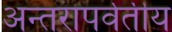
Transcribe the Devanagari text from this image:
अन्तरापर्वतीय